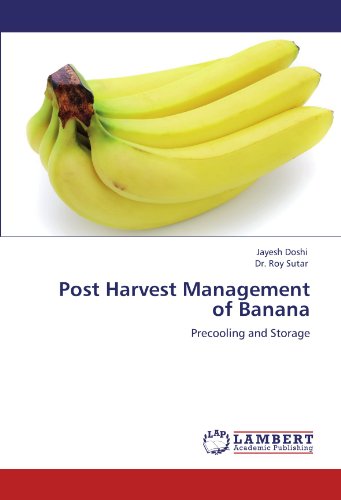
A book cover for Post Harvest Management of Banana: Precooling and Storage; Jayesh Doshi; Teen & Young Adult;